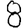
Digit: 8